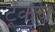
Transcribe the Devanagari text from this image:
ट्रॅकचं